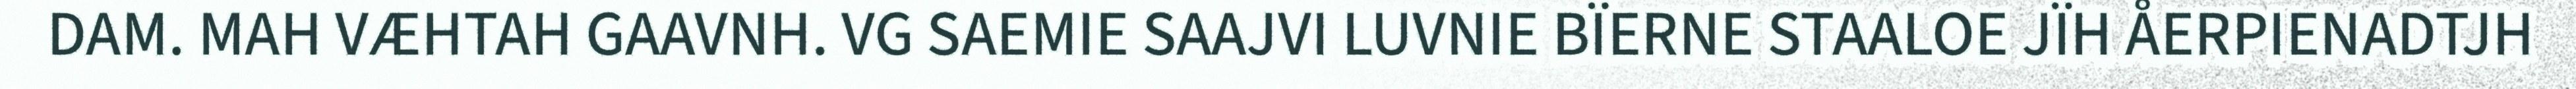
DAM. MAH VÆHTAH GAAVNH. VG SAEMIE SAAJVI LUVNIE BÏERNE STAALOE JÏH ÅERPIENADTJH